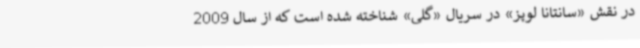
در نقش «سانتانا لوپز» در سریال «گلی» شناخته شده است که از سال 2009